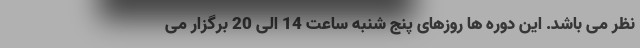
نظر می باشد. این دوره ها روزهای پنج شنبه ساعت 14 الی 20 برگزار می